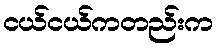
ငယ်ငယ်ကတည်းက